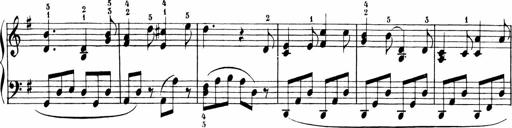
Title: 6 Liedersonatinen
Composer: Carl Reinecke